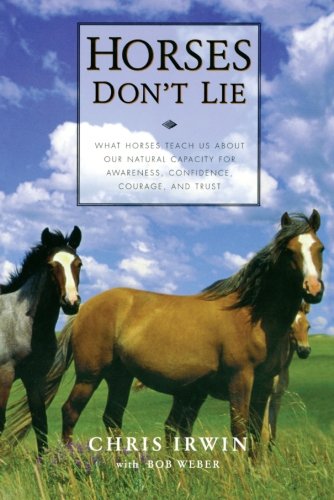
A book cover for Horses Don't Lie: What Horses Teach Us About Our Natural Capacity for Awareness, Confidence, Courage, and Trust; Chris Irwin; Science & Math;